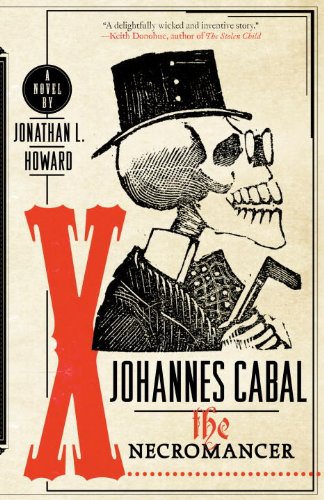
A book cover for Johannes Cabal the Necromancer; Jonathan L. Howard; Science Fiction & Fantasy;